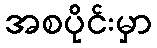
အစပိုင်းမှာ